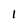
Character: I